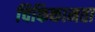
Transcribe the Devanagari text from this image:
चिकिकामता